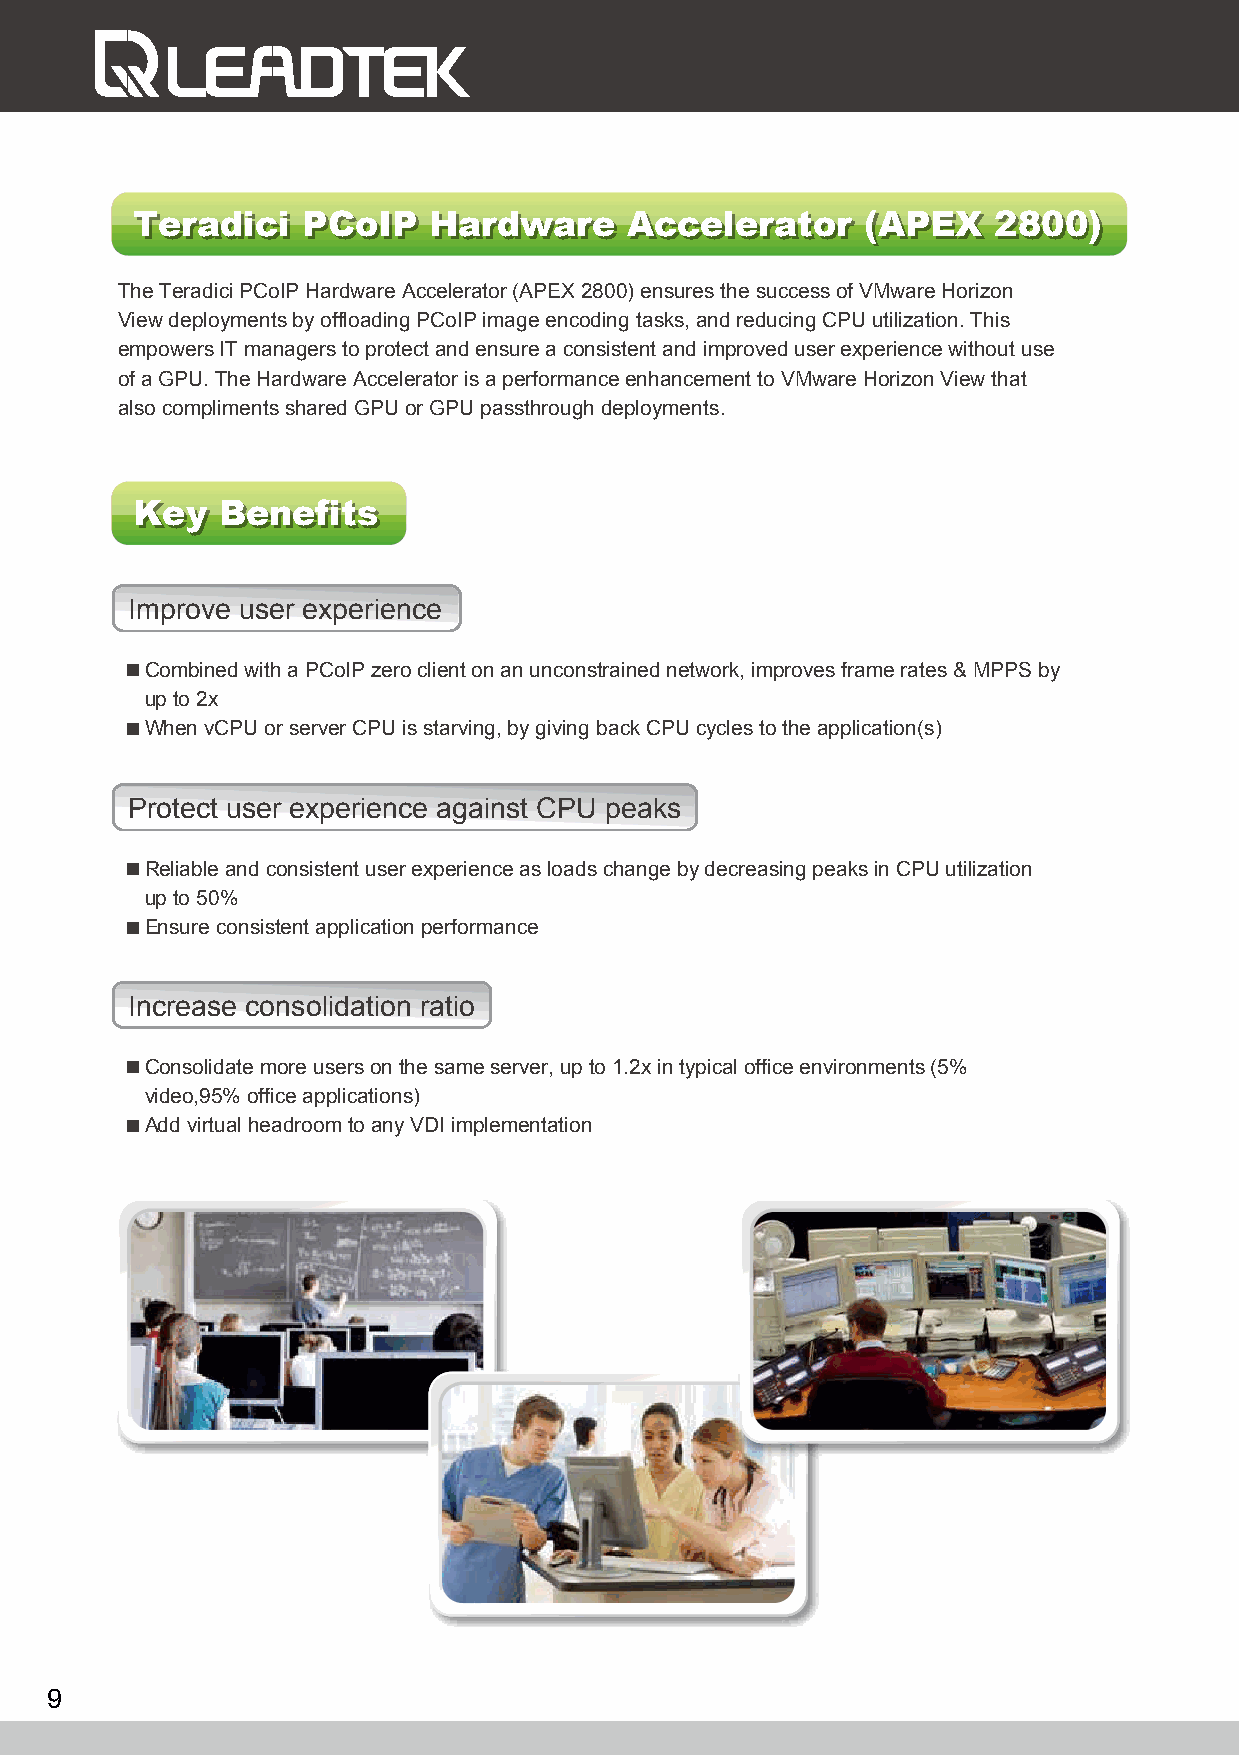
TTeerraaddiiccii PPCCooIIPP HHaarrddwwaarree AAcccceelleerraattoorr ((AAPPEEXX 22880000))
 The Teradici PCoIP Hardware Accelerator (APEX 2800) ensures the success of VMware Horizon
 View deployments by offloading PCoIP image encoding tasks, and reducing CPU utilization. This
 empowers IT managers to protect and ensure a consistent and improved user experience without use
 of a GPU. The Hardware Accelerator is a performance enhancement to VMware Horizon View that
 also compliments shared GPU or GPU passthrough deployments.
 KKeeyy BBeenneeffiittss
 Improve user experience
 Combined with a PCoIP zero client on an unconstrained network, improves frame rates & MPPS by
 up to 2x
 When vCPU or server CPU is starving, by giving back CPU cycles to the application(s)
 Protect user experience against CPU peaks
 Reliable and consistent user experience as loads change by decreasing peaks in CPU utilization
 up to 50%
 Ensure consistent application performance
 Increase consolidation ratio
 Consolidate more users on the same server, up to 1.2x in typical office environments (5%
 video,95% office applications)
 Add virtual headroom to any VDI implementation
 9